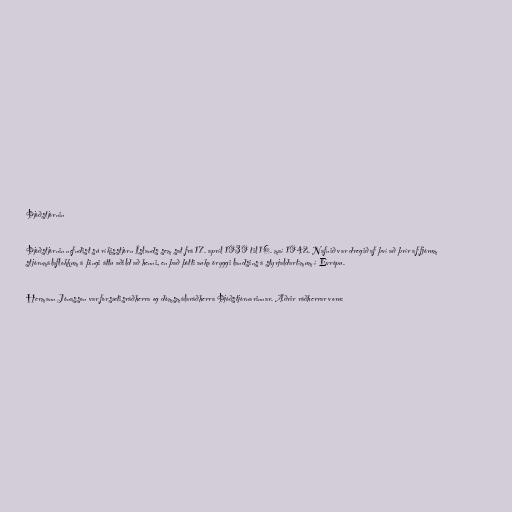
Þjóðstjórnin

Þjóðstjórnin nefndist sú ríkisstjórn Íslands sem sat frá 17. apríl 1939 til 16. maí 1942. Nafnið var dregið af því að þrír af fjórum
stjórnmálaflokkum á þingi áttu aðild að henni, en það þótti auka öryggi landsins á styrjaldartímum í Evrópu.

Hermann Jónasson var forsætisráðherra og dómsmálaráðherra Þjóðstjórnarinnar. Aðrir ráðherrar voru: